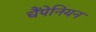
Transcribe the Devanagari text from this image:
चैंपेनियन